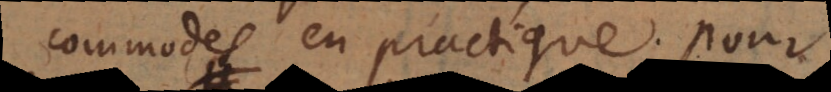
commodes en practique pour